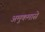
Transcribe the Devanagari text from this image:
अमुकमासे